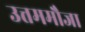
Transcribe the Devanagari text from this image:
उत्तममौजा